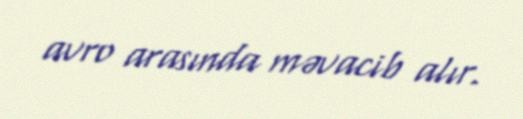
avro arasında məvacib alır.